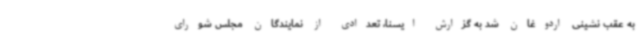
به عقب نشینی اردوغان شد به گزارش ایسنا، تعدادی از نمایندگان مجلس شورای